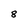
Character: 8